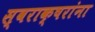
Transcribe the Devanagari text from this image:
स्वराक्षरांना